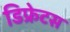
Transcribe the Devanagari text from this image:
डिफ्रेटस